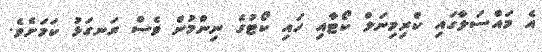
އެ މައްސަލާގައި ކްރިމިނަލް ކޯޓާއި ހައި ކޯޓުގެ ނިންމުން ވެސް ރަނގަޅު ކަމަށެވެ.